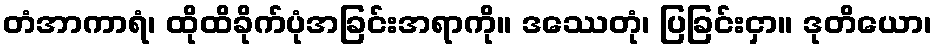
တံအာကာရံ၊ ထိုထိခိုက်ပုံအခြင်းအရာကို။ ဒဿေတုံ၊ ပြခြင်းငှာ။ ဒုတိယော၊